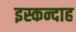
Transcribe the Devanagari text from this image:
इस्कन्दाह